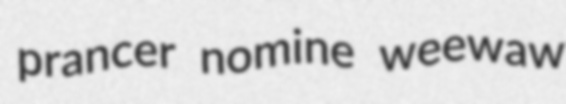
prancer nomine weewaw